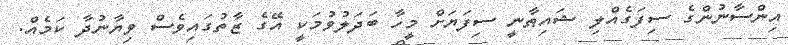
އިންސާނުންގެ ސިފަގެއްލި ޝައިޠާނީ ސިފަޔަށް މީހާ ބަދަލުވުމަކީ އޭގެ ޒާތުގައިވެސް ވިޔާނުދާ ކަމެއް.